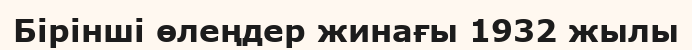
Бірінші өлеңдер жинағы 1932 жылы